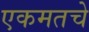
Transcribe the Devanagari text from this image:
एकमतचे